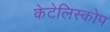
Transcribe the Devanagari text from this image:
केटेलिस्कोप